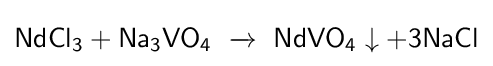
{\mathsf {NdCl_{3}+Na_{3}VO_{4}\ \xrightarrow {} \ NdVO_{4}\downarrow +3NaCl}}